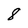
Character: 8